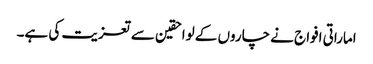
اماراتی افواج نے چاروں کے لواحقین سے تعزیت کی ہے۔